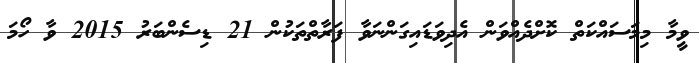
ވީމާ މިމަސައްކަތް ކޮށްދެއްވަން އެދިވަޑައިގަންނަވާ ފަރާތްތަކުން 21 ޑިސެންބަރު 2015 ވާ ހޯމަ